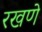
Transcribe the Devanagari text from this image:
रखणे